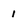
Character: 1